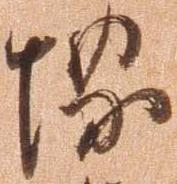
堺